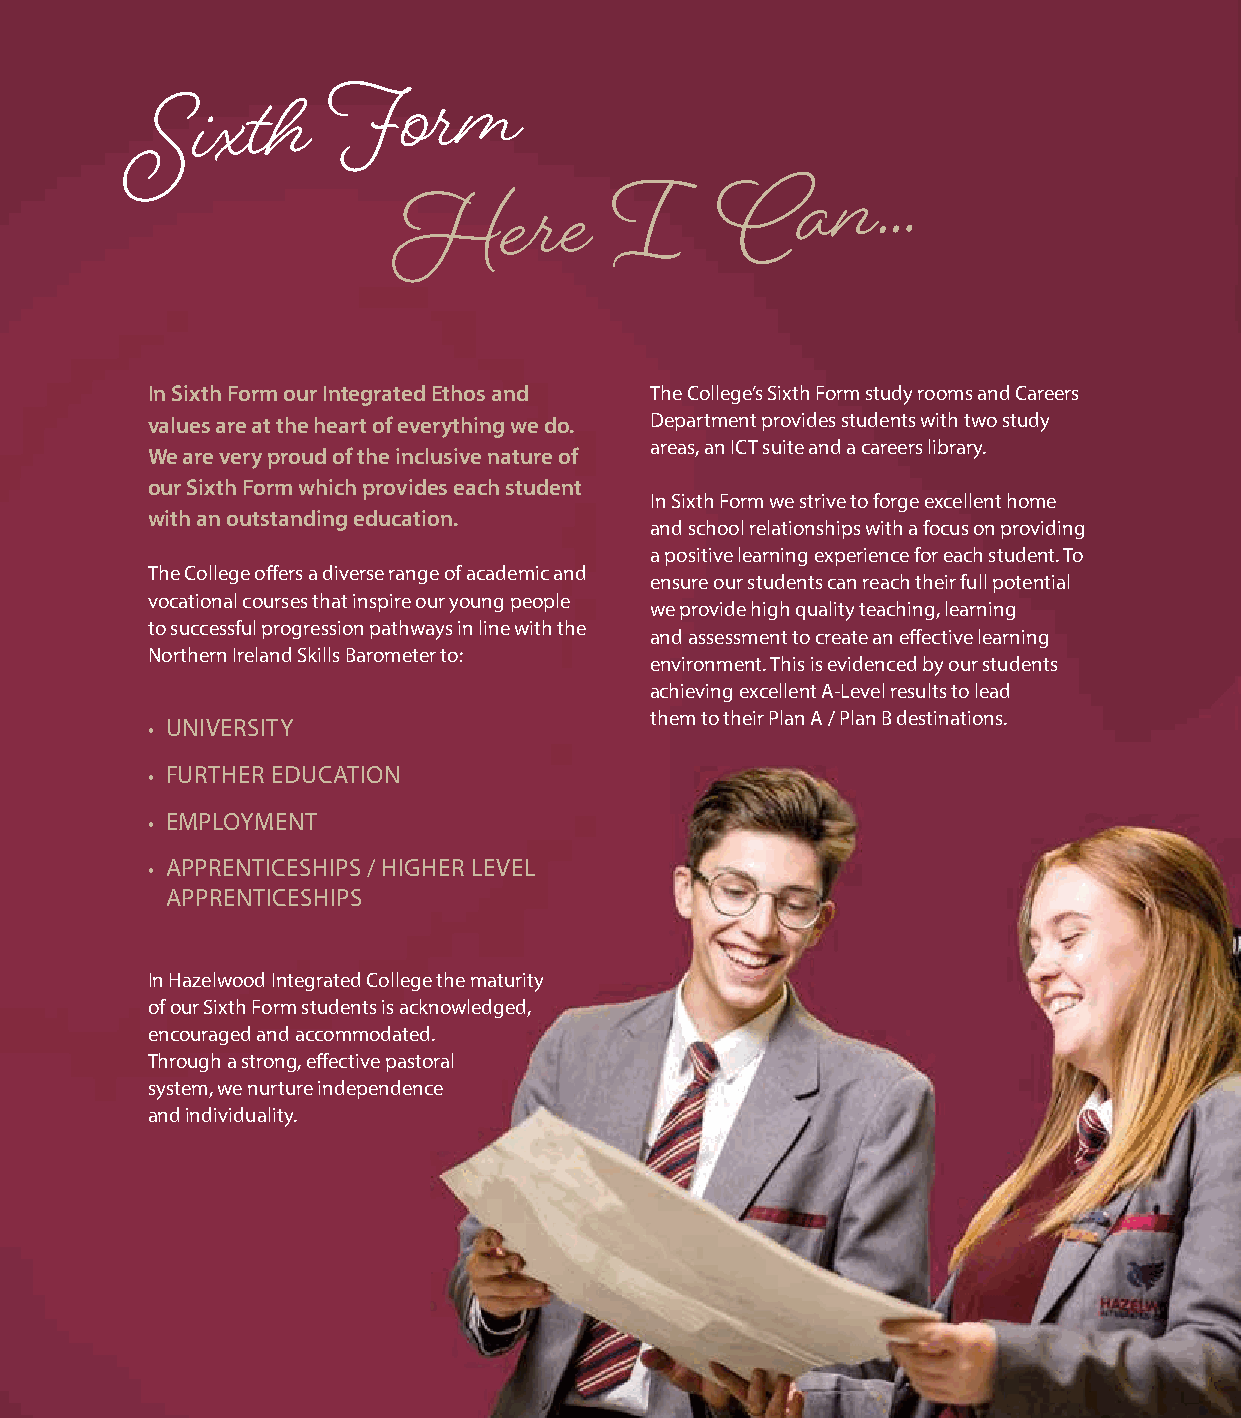
Sixth
 Form
 Here          I
 Can…
 In Sixth Form our Integrated Ethos and The College’s Sixth Form study rooms and Careers
 values are at the heart of everything we do. Department provides students with two study
 areas, an ICT suite and a careers library.
 We are very proud of the inclusive nature of
 our Sixth Form which provides each student
 In Sixth Form we strive to forge excellent home
 with an outstanding education.
 and school relationships with a focus on providing
 a positive learning experience for each student. To
 The College offers a diverse range of academic and
 ensure our students can reach their full potential
 vocational courses that inspire our young people
 we provide high quality teaching, learning
 to successful progression pathways in line with the
 and assessment to create an effective learning
 Northern Ireland Skills Barometer to:
 environment. This is evidenced by our students
 achieving excellent A-Level results to lead
 them to their Plan A / Plan B destinations.
 • UNIVERSITY
 • FURTHER EDUCATION
 • EMPLOYMENT
 • APPRENTICESHIPS / HIGHER LEVEL
 APPRENTICESHIPS
 In Hazelwood Integrated College the maturity
 of our Sixth Form students is acknowledged,
 encouraged and accommodated.
 Through a strong, effective pastoral
 system, we nurture independence
 and individuality.